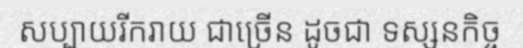
សប្បាយរីករាយ ជាច្រើន ដូចជា ទស្សនកិច្ច